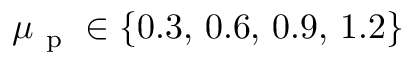
\mu _ { \mathrm { ~ p ~ } } \in \{ 0 . 3 , \, 0 . 6 , \, 0 . 9 , \, 1 . 2 \}